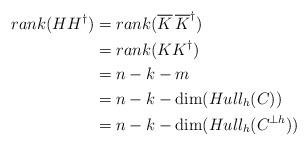
LaTeX: \begin{align*} rank(HH^\dagger)&= rank(\overline{K}\,\overline{K}^\dagger)\\ &= rank(K{K}^\dagger)\\ &=n-k-m\\ &=n-k-\dim(Hull_h(C))\\ &=n-k-\dim(Hull_h(C^{\bot h})) \end{align*}